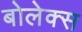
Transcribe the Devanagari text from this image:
बोलेक्स